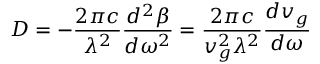
D = - { \frac { 2 \pi c } { \lambda ^ { 2 } } } { \frac { d ^ { 2 } \beta } { d \omega ^ { 2 } } } = { \frac { 2 \pi c } { v _ { g } ^ { 2 } \lambda ^ { 2 } } } { \frac { d v _ { g } } { d \omega } }